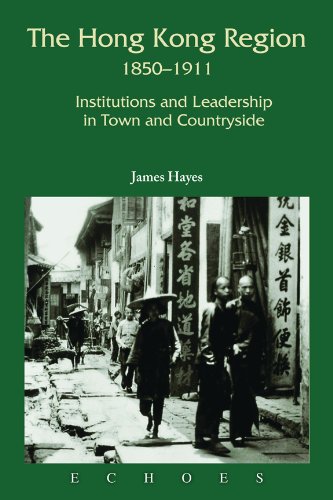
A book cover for The Hong Kong Region, 1850-1911: Institutions and Leadership in Town and Countryside (Echoes: Classics of Hong Kong Culture and History); James Hayes; History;